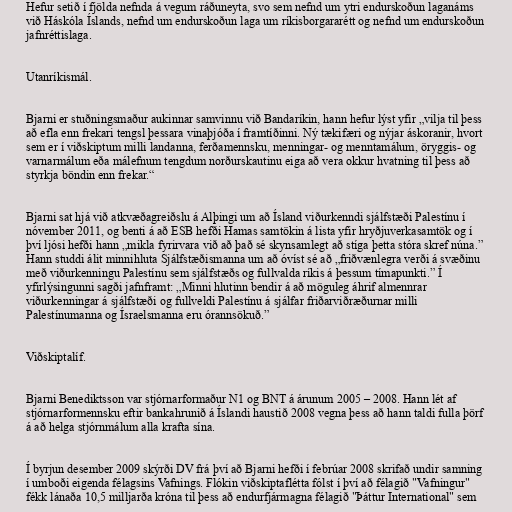
Hefur setið í fjölda nefnda á vegum ráðuneyta, svo sem nefnd um ytri endurskoðun laganáms
við Háskóla Íslands, nefnd um endurskoðun laga um ríkisborgararétt og nefnd um endurskoðun
jafnréttislaga.

Utanríkismál.

Bjarni er stuðningsmaður aukinnar samvinnu við Bandaríkin, hann hefur lýst yfir „vilja til þess
að efla enn frekari tengsl þessara vinaþjóða í framtíðinni. Ný tækifæri og nýjar áskoranir, hvort
sem er í viðskiptum milli landanna, ferðamennsku, menningar- og menntamálum, öryggis- og
varnarmálum eða málefnum tengdum norðurskautinu eiga að vera okkur hvatning til þess að
styrkja böndin enn frekar.“

Bjarni sat hjá við atkvæðagreiðslu á Alþingi um að Ísland viðurkenndi sjálfstæði Palestínu í
nóvember 2011, og benti á að ESB hefði Hamas samtökin á lista yfir hryðjuverkasamtök og í
því ljósi hefði hann „mikla fyrirvara við að það sé skynsamlegt að stíga þetta stóra skref núna.”
Hann studdi álit minnihluta Sjálfstæðismanna um að óvíst sé að „friðvænlegra verði á svæðinu
með viðurkenningu Palestínu sem sjálfstæðs og fullvalda ríkis á þessum tímapunkti.” Í
yfirlýsingunni sagði jafnframt: „Minni hlutinn bendir á að möguleg áhrif almennrar
viðurkenningar á sjálfstæði og fullveldi Palestínu á sjálfar friðarviðræðurnar milli
Palestínumanna og Ísraelsmanna eru órannsökuð.”

Viðskiptalíf.

Bjarni Benediktsson var stjórnarformaður N1 og BNT á árunum 2005 – 2008. Hann lét af
stjórnarformennsku eftir bankahrunið á Íslandi haustið 2008 vegna þess að hann taldi fulla þörf
á að helga stjórnmálum alla krafta sína.

Í byrjun desember 2009 skýrði DV frá því að Bjarni hefði í febrúar 2008 skrifað undir samning
í umboði eigenda félagsins Vafnings. Flókin viðskiptaflétta fólst í því að félagið "Vafningur"
fékk lánaða 10,5 milljarða króna til þess að endurfjármagna félagið "Þáttur International" sem